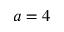
a = 4